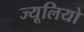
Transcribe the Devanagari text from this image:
ज्यूलियो